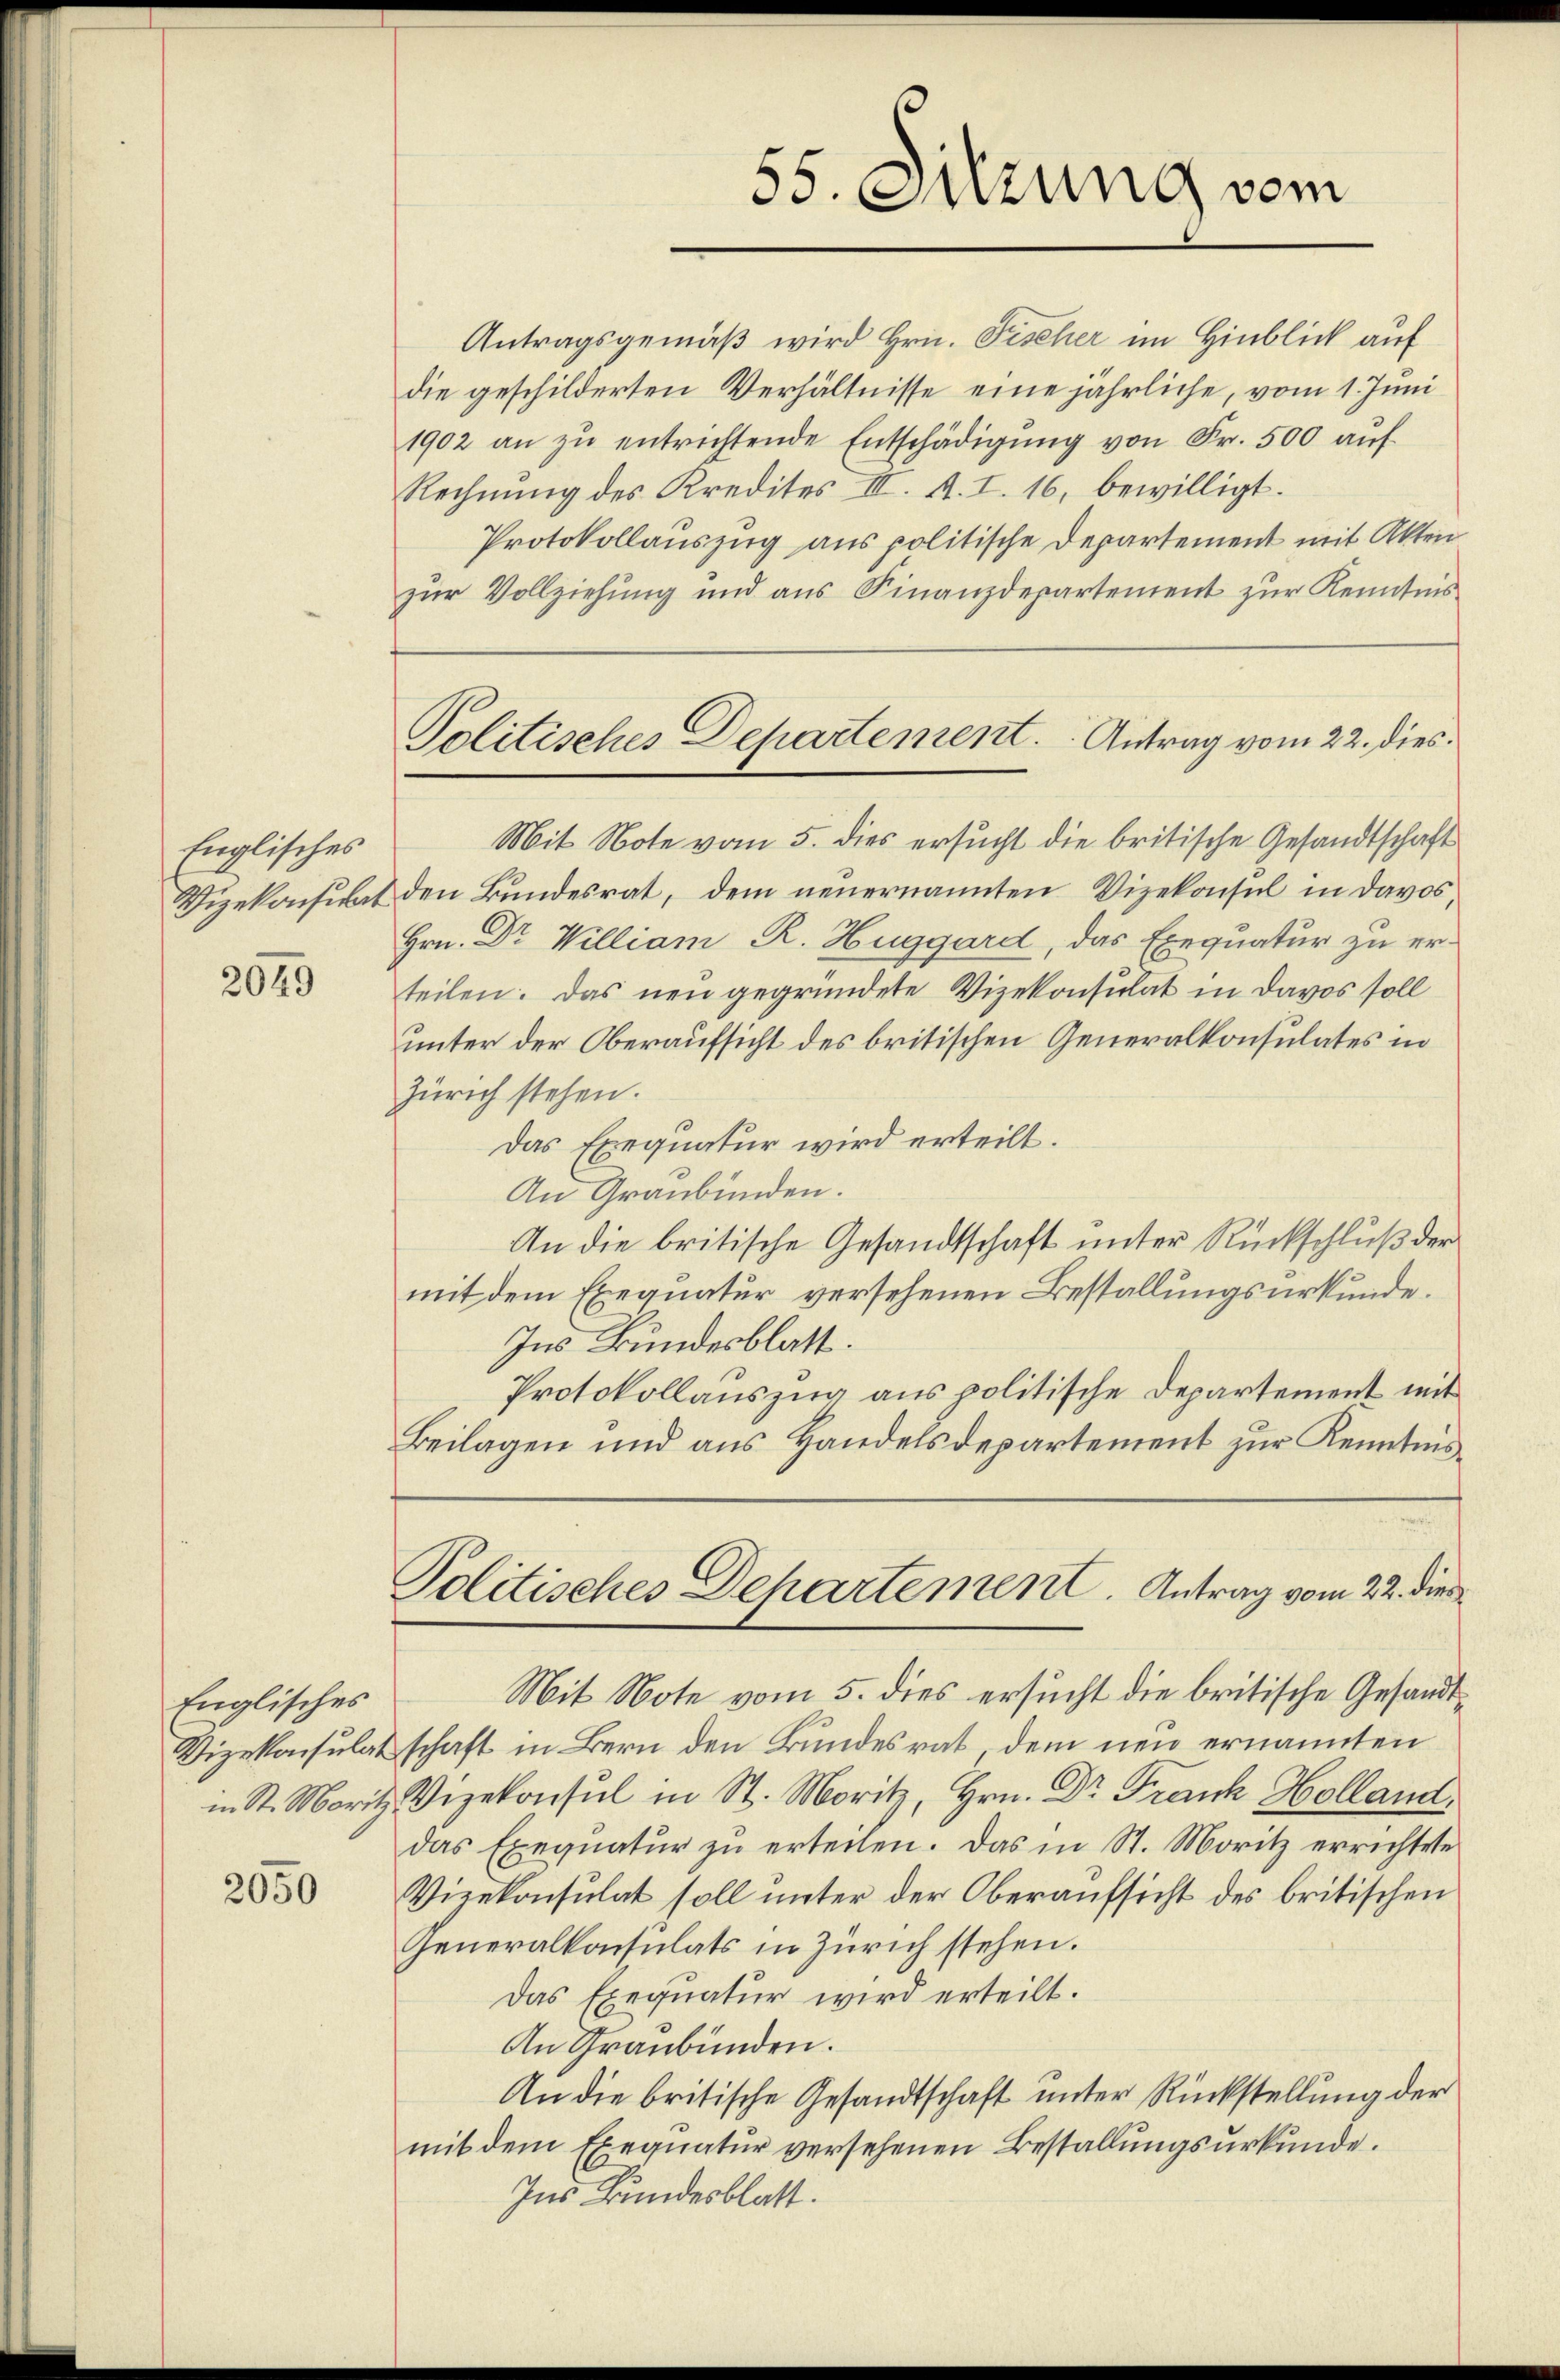
Englisches
Vizekonsult

2049

Englisches
Vizekonsulat
in St. Moritz

2050

Antragsgemäß wird Hrn. Fischer im Hinblick auf
die geschilderten Verhältnisse eine jährliche, vom 1. Juni
1902 an zŭ entrichtende Entschädigŭng von Fr. 500 auf
Rechnung des Kredites III. A. I. 16, bewilligt.
Protokollauszug aus politische Departement mit Akten
zur Vollziehung und aus Finanzdepartement zur Kenntnis
Mit Note vom 5. dies ersucht die britische Gesandtschaft
den Bundesrat, dem neuernannten Vizekonsul in Davos,
Hrn. Dr William R. Huggard, das Exequatur zu erteilen. Das neu gegründete Vizekonsulat in Davos soll
unter der Oberaufsicht des britischen Generalkonsulates in
Zürich stehen.
Das Exequatur wird erteilt.
An Graubünden.
An die britische Gesandtschaft unter Rückschluß der
mit dem Exequatur versehenen Bestallungsurkunde.
Ins Bundesblatt.
Protokollauszug aus politische Departement mit
Beilagen und aus Handelsdepartement zur Kenntnis¬
Politisches Departement. Antrag vom 22. dies
Mit Note vom 5. dies ersucht die britische Gesandtschaft in Bern den Bundesrat, dem neu ernannten
Vizekonsul in St. Moritz, Hrn. Dr Frank Holland.
das Exequatur zu erteilen. Das in St. Moritz errichtete
Vizekonsulat soll unter der Oberaufsicht des britischen
Generalkonsulats in Zürich stehen.
Das Exequatur wird erteilt.
An Graubünden.
An die britische Gesandtschaft unter Rückstellung der
mit dem Exequatur versehenen Bestallungsurkunde.
Ins Bundesblatt.

55. Suzung vom

Politisches Departement. Antrag vom 22. dies¬